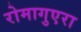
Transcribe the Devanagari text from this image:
रोमागुएरा